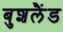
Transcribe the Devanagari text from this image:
बुशलैंड